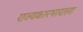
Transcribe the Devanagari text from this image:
राज्यकारभाराला